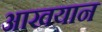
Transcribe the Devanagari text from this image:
आखयान